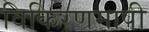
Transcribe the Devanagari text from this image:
विकिरणमापी